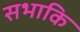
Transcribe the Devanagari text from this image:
सभाकि